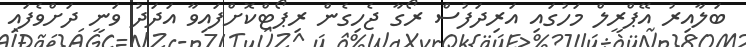
ބަލާއިރު އޭޕްރީލް މަހުގައި އަރިދަފުސް ރޯގާ ޖެހިގެން ރިޕޯޓްކޮށްފައިވާ އަދަދު ވަނީ ދަށްވެފައި